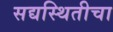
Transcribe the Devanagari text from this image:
सद्यस्थितीचा